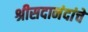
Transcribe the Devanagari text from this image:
श्रीसदानंदांचे